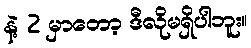
နဲ့ 2 မှာတော့ ဒီလိုမရှိပါဘူး။